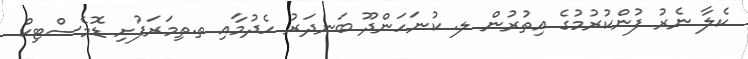
ކެލާ ނެރު ފުންކުރުމުގެ އިތުރުން ލ. ކުނަހަންދޫ ބަނދަރު ހެދުމާއި ތ.ތިމަރަފުށި ޑޮމެސްޓިކް